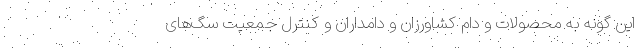
این گونه به محصولات و دام کشاورزان و دامداران و کنترل جمعیت سگ‌های